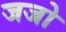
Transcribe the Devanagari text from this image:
जजो